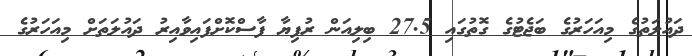
ދައުލަތުގެ މިއަހަރުގެ ބަޖެޓުގެ ގޮތުގައި 27.5 ބިލިއަން ރުފިޔާ ފާސްކޮށްފައިވާއިރު ދައުލަތަށް މިއަހަރުގެ